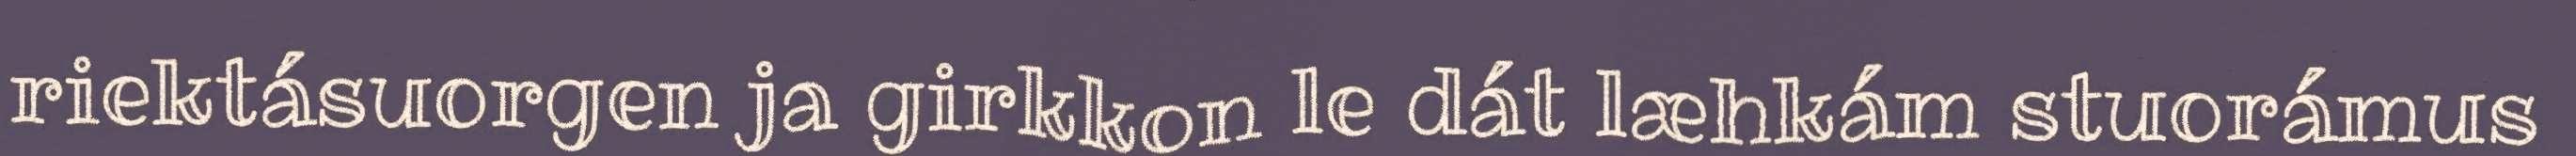
riektásuorgen ja girkkon le dát læhkám stuorámus